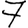
Digit: 7